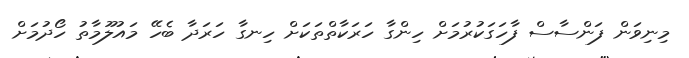
މިނިވަން ފަންސާސް ފާހަގަކުރުމަށް ހިންގާ ހަރަކާތްތަކަށް ހިނގާ ހަރަދާ ބެހޭ މައުލޫމާތު ހޯދުމަށް